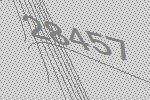
28457